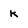
Character: k